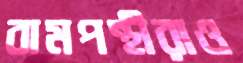
বামপন্থীরাও